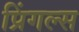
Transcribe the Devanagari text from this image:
प्रिंगल्स